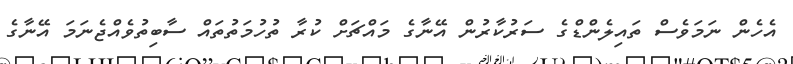
އެހެން ނަމަވެސް ތައިލެންޑްގެ ސަރުކާރުން އޭނާގެ މައްޗަށް ކުރާ ތުހުމަތުތައް ސާބިތުވެއްޖެނަމަ އޭނާގެ